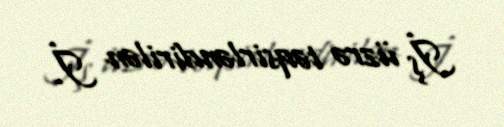
İş üzrə təqsirləndirilən İ.